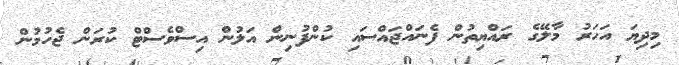
މިދިޔަ އަހަރު މާލޭގެ ރައްޔިތުން ފެނައްޖައްސައި ކުންފުނިން އަލުން އިސްވެސްޓް ކުރަން ޖެހުމުން